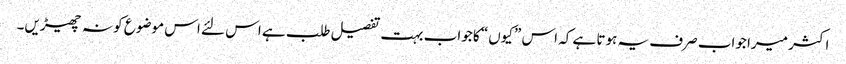
اکثر میرا جواب صرف یہ ہوتا ہے کہ اس ”کیوں“ کا جواب بہت تفصیل طلب ہے اس لئے اس موضوع کو نہ چھیڑیں۔